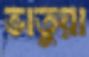
ভাতুয়া